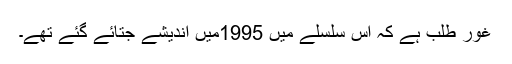
غور طلب ہے کہ اس سلسلے میں 1995میں اندیشے جتائے گئے تھے۔